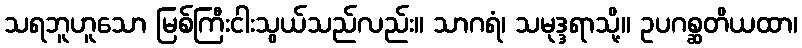
သရဘူဟူသော မြစ်ကြီးငါးသွယ်သည်လည်း။ သာဂရံ၊ သမုဒ္ဒရာသို့။ ဥပဂစ္ဆတိယထာ၊